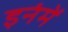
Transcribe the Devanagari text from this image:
इनंमें